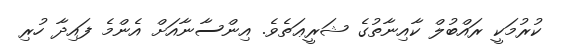
ކުރުމަކީ ރައްބުލް ކާއިނާތުގެ ޝަރީޢަތެވެ. އިންސާނާއަށް އެންމެ ފައިދާ ހުރި